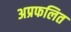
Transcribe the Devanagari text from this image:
अप्रफलित